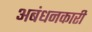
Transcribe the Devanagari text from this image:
अबंधनकारी